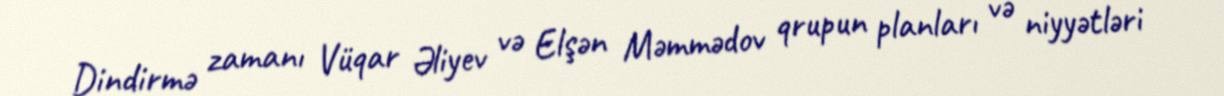
Dindirmə zamanı Vüqar Əliyev və Elşən Məmmədov qrupun planları və niyyətləri